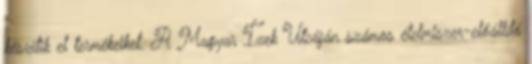
készítik el termékeiket. A Magyar Ízek Utcáján számos élelmiszer-előállító